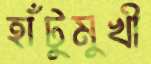
হাঁটুমুখী